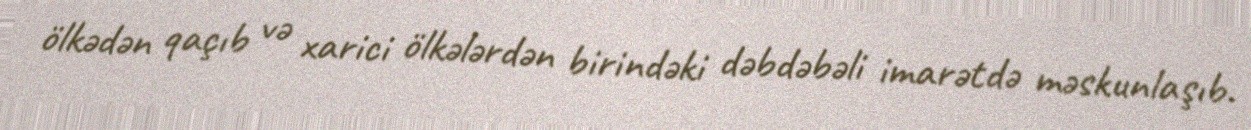
ölkədən qaçıb və xarici ölkələrdən birindəki dəbdəbəli imarətdə məskunlaşıb.